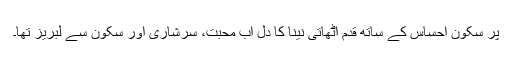
پر سکون احساس کے ساتھ قدم اٹھاتی نینا کا دل اب محبت، سرشاری اور سکون سے لبریز تھا۔